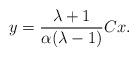
LaTeX: \begin{align*}y=\frac{\lambda+1}{\alpha(\lambda-1)}Cx.\end{align*}